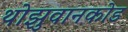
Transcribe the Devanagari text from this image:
थोझुवानकोड